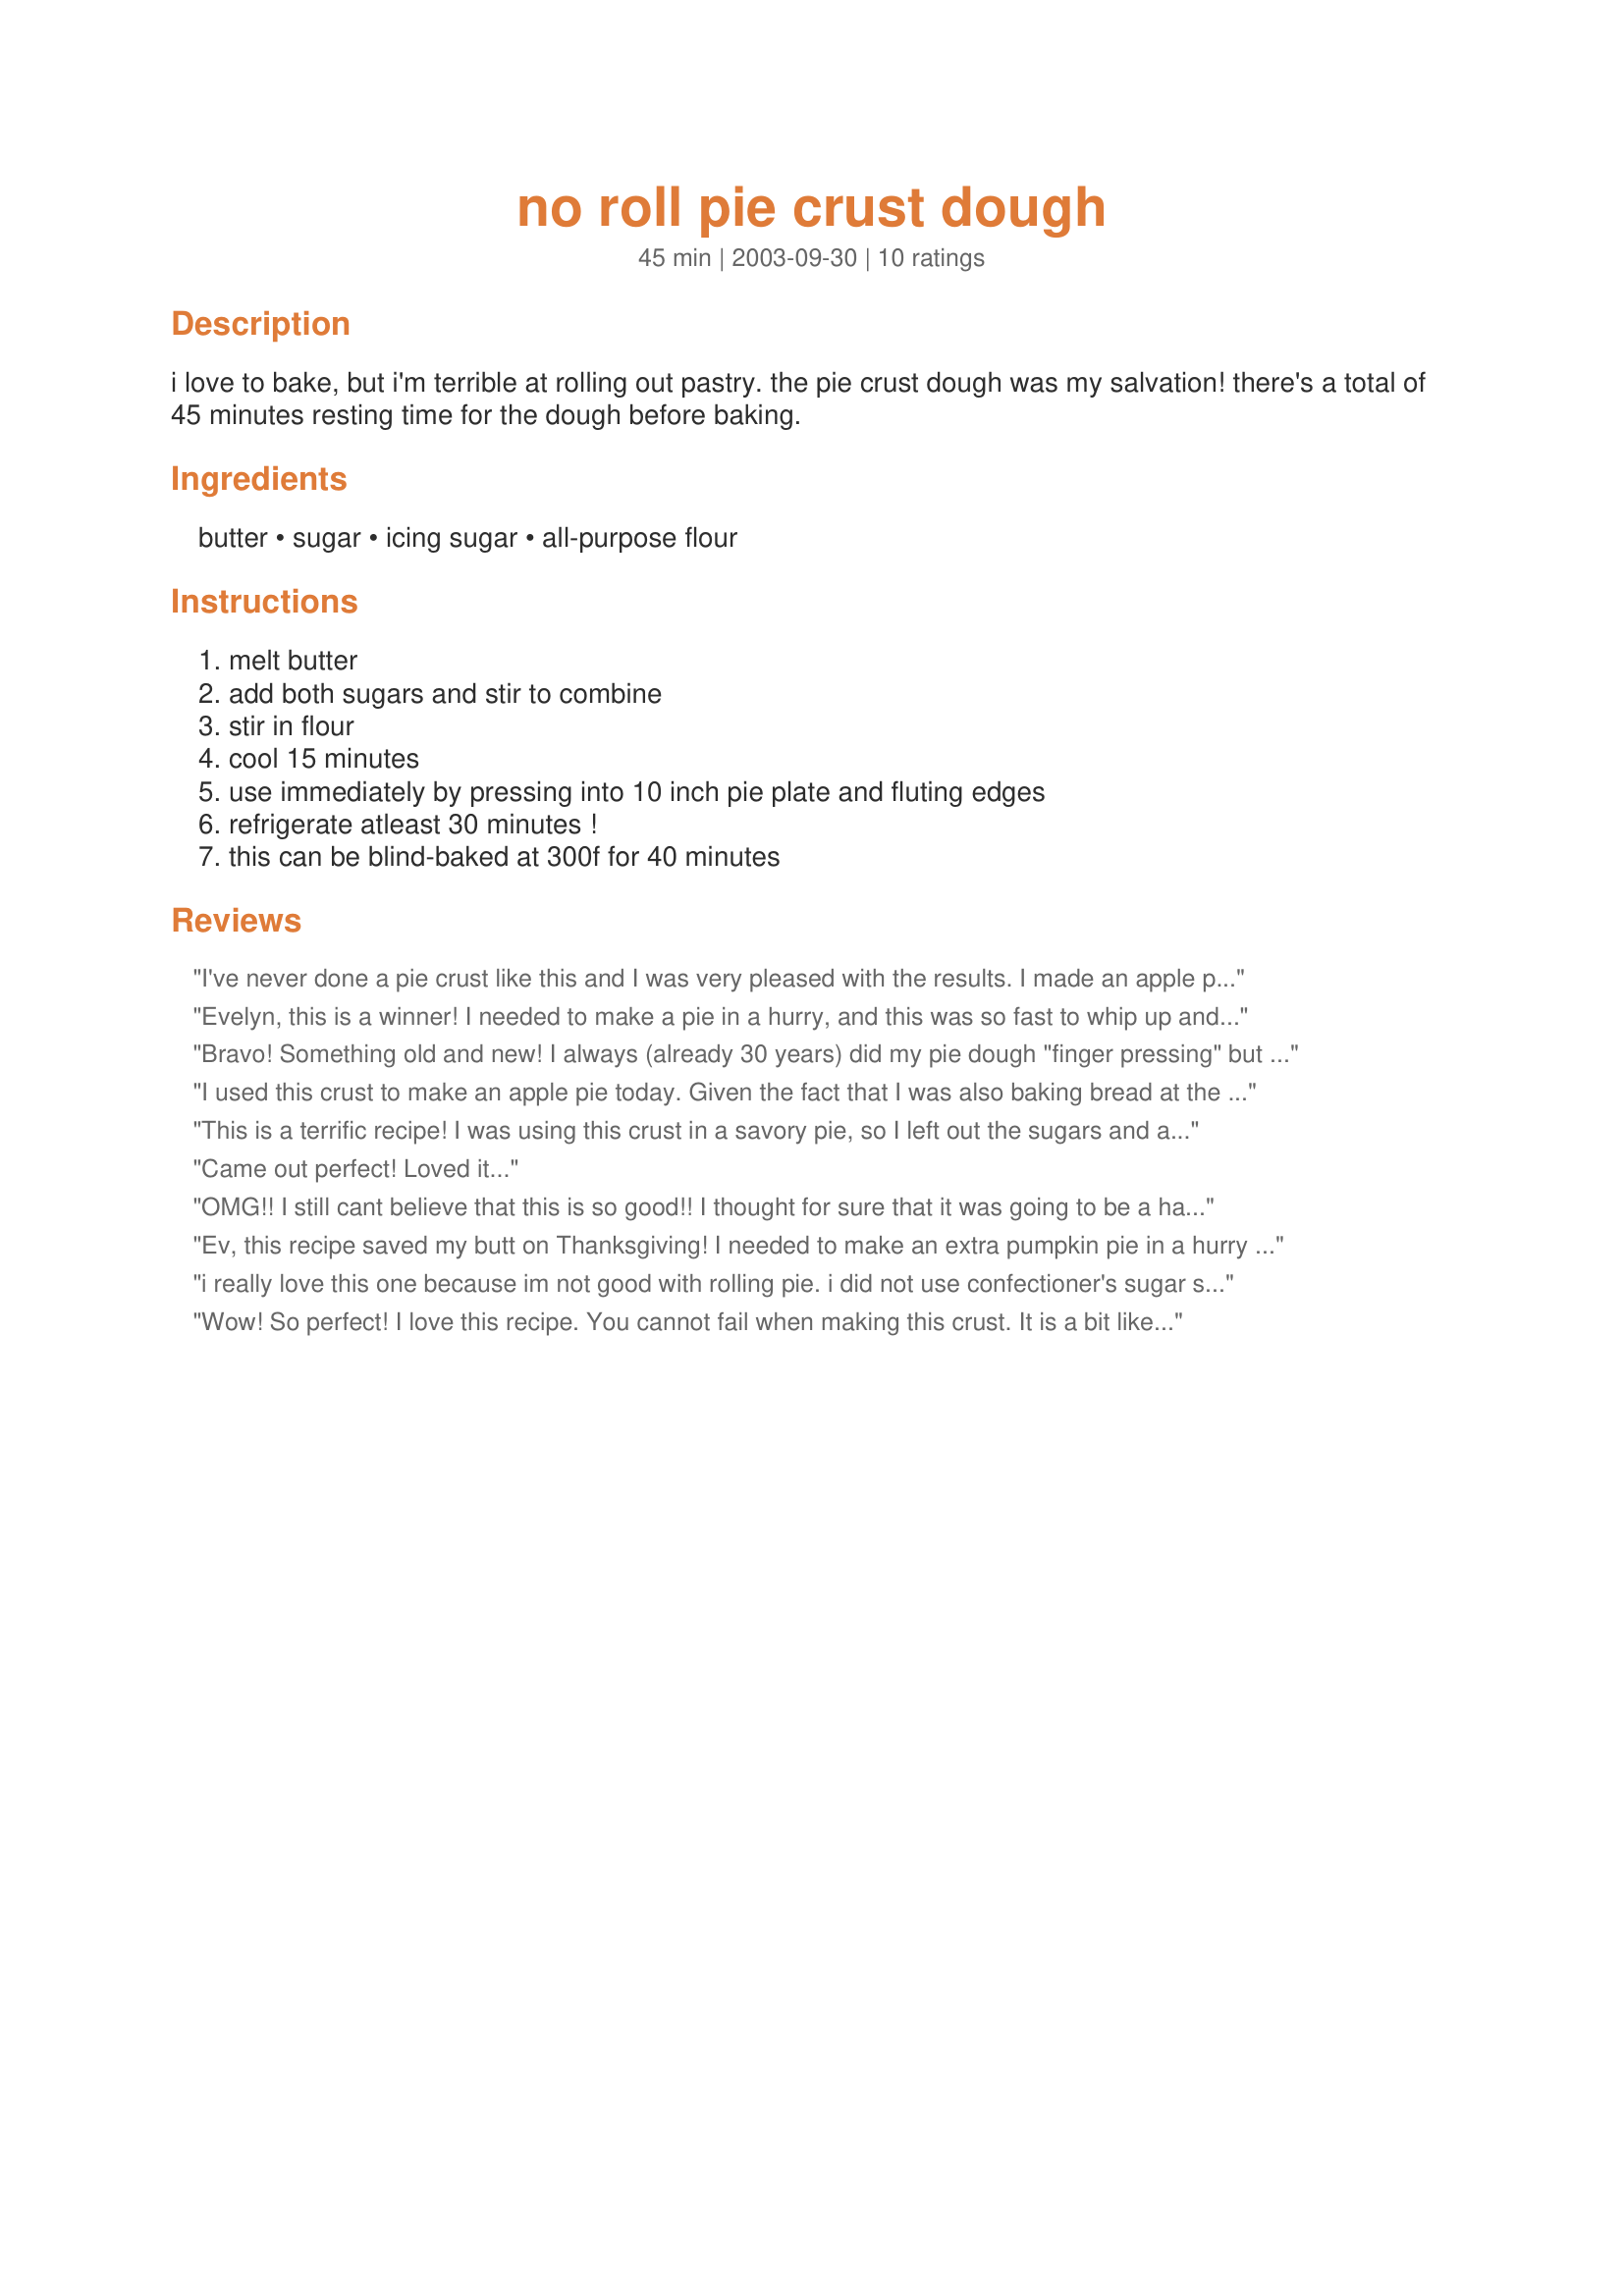
no roll pie crust dough
Preparation time: 45 minutes

i love to bake, but i'm terrible at rolling out pastry. the pie crust dough was my salvation! there's a total of 45 minutes resting time for the dough before baking.

Ingredients:
butter, sugar, icing sugar, all-purpose flour

Steps:
melt butter, add both sugars and stir to combine, stir in flour, cool 15 minutes, use immediately by pressing into 10 inch pie plate and fluting edges, refrigerate atleast 30 minutes !, this can be blind-baked at 300f for 40 minutes

Reviews:
I've never done a pie crust like this and I was very pleased with the results. I made an apple pie today, the crust was SO easy and the pie turned out great. After mixing the dough and pressing it into the pie plate, I baked it for about 15 minutes at 300° before loading it with the rest of my pie ingredients. We like a streusel topping on our pie so this dough was perfect for my purpose. Thanks Evelyn, I'll be using this recipe for all my future fruit pies!
Evelyn, this is a winner! I needed to make a pie in a hurry, and this was so fast to whip up and pat out! I used it as a base for my Streusel Cream Peach Pie (recipe #7532) and it worked very well. After patting it out, I pressed a flat-bottomed measuring cup onto the dough to smooth it out. I used real butter for the dough, and the pastry was tender and flavorful. Thanks!
Bravo! Something old and new! I always (already 30 years) did my pie dough "finger pressing" but was tortured by the thought that I am doing something wrong, or that the rolling pin dough is better than mine!!! Can you please, tell me is there a difference, and what it is? The "finger pressing" is much more "clean and fast" way to do pies and I love it! Just save my chef's pride by telling me that it is right to do it!
I used this crust to make an apple pie today. Given the fact that I was also baking bread at the time I did leave it in the fridge for more like an hour. When I took it out it was rock hard and stuck to the bowl. I allowed it to sit on the counter for a bit to soften, chipped it off the bowl and then crumbled it before pressing into the pie plate that I sprayed with baking spray first. It turned out great and was a nice change from a rolled crust. Next time I will try not to be multitasking it in the kitchen so I don&#039;t leave it too long :)
This is a terrific recipe! I was using this crust in a savory pie, so I left out the sugars and added salt instead. Worked perfectly! I will be making many more pies in the future thanks to this recipe. Thanks!
Came out perfect! Loved it...
OMG!! I still cant believe that this is so good!! I thought for sure that it was going to be a hard rock when all was said and done but it turned out amazing! Not like traditional pastry more like shortbread crust but still very good! I didnt wait the 15 minutes after I mixed it all together. I immediately put it in the pie plate and pushed it just up the sides. Dont go to high up the pie plate or edges of the crust will burn. I then took the kids for a wagon ride while the crust sat in the fridge and then when I got home I filled it with Raspberry Cream Pie from this site. The ease of this recipe is amazing! Anyone can make this one for sure! Technically this is better for you than any shortening crust anyway! Butter is more expensive though! 17.5 grams of fat per serving which is very comparable to shortening based pies! Give it a try! Super easy and very fast to make!Thanks so much for sharing this great alternative to rolled dough!
Ev, this recipe saved my butt on Thanksgiving! I needed to make an extra pumpkin pie in a hurry and just didn't have the counter space to start rolling pie crust. I used a 10" pie plate, but still seemed to end up with too much crust, which I made into extra high flutes around the edges. Other than that, this recipe was a dream. I don't think I'll use it ALL the time due to the fat content, but it came out just as good as my regular pie crust with a lot less effort. I may try scaling down the recipe a bit to cut the fat and have a thinner crust without extra. Thanks for posting...like I said, it saved me!;)
i really love this one because im not good with rolling pie. i did not use confectioner's sugar since i dont have one but it turn out sweet enough for us. thanks for this one
Wow! So perfect! I love this recipe. You cannot fail when making this crust. It is a bit like a shortbread cookie but so delicious. I did not bake it as instructed but filled it with pumpkin pie filling and baked the pie according to that recipe. I covered the edges with foil the entire time and it came out beautifully! Thank you thank you thank you!
